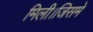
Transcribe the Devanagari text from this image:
मिली।जिसमे